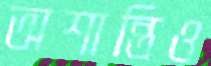
অশান্তিও